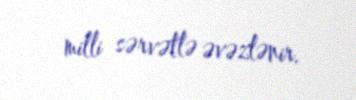
milli sərvətlə əvəzlənir.